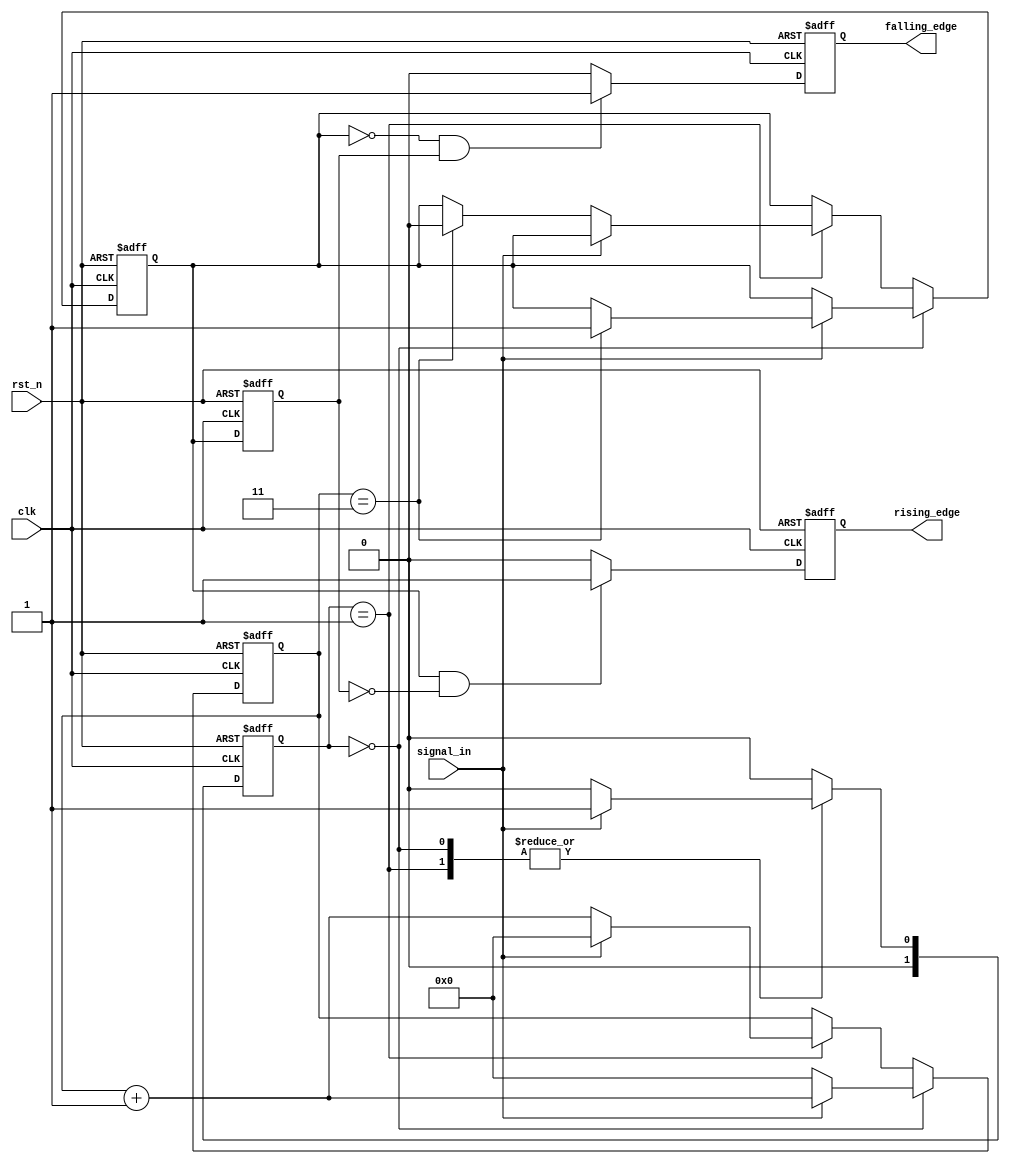
module debounced_edge_detector (
    input wire clk,              // Clock signal
    input wire rst_n,            // Asynchronous reset (active low)
    input wire signal_in,        // Noisy input signal
    output reg rising_edge,      // Rising edge output
    output reg falling_edge      // Falling edge output
);

    parameter DEBOUNCE_COUNT = 4; // Number of clock cycles for debounce

    reg [1:0] state;              // State register for debouncing
    reg [1:0] next_state;         // Next state for debouncing
    reg [DEBOUNCE_COUNT-1:0] debounce_counter; // Debounce counter
    reg prev_state;               // Previous stable state
    reg current_state;            // Current stable state

    // State machine for debouncing
    always @(posedge clk or negedge rst_n) begin
        if (!rst_n) begin
            state <= 2'b00;       // Reset state
            debounce_counter <= 0;
            current_state <= 0;
            prev_state <= 0;
            rising_edge <= 0;
            falling_edge <= 0;
        end else begin
            // Update state and debounce logic
            state <= next_state;
            if (state == 2'b00) begin
                if (signal_in == 1) begin
                    debounce_counter <= debounce_counter + 1;
                    if (debounce_counter == DEBOUNCE_COUNT - 1) begin
                        current_state <= 1;
                    end
                end else begin
                    debounce_counter <= 0;
                end
            end else if (state == 2'b01) begin
                if (signal_in == 0) begin
                    debounce_counter <= debounce_counter + 1;
                    if (debounce_counter == DEBOUNCE_COUNT - 1) begin
                        current_state <= 0;
                    end
                end else begin
                    debounce_counter <= 0;
                end
            end

            // Edge detection logic
            if (current_state && !prev_state) begin
                rising_edge <= 1; // Rising edge detected
            end else begin
                rising_edge <= 0; // Reset rising edge
            end

            if (!current_state && prev_state) begin
                falling_edge <= 1; // Falling edge detected
            end else begin
                falling_edge <= 0; // Reset falling edge
            end

            // Update previous state at the end of the clock cycle
            prev_state <= current_state;
        end
    end

    // Next state logic for state machine
    always @(*) begin
        case (state)
            2'b00: begin // Waiting for high signal
                if (signal_in == 1) begin
                    next_state = 2'b01; // Move to high state
                end else begin
                    next_state = 2'b00; // Stay in low state
                end
            end
            2'b01: begin // Waiting for low signal
                if (signal_in == 0) begin
                    next_state = 2'b00; // Move to low state
                end else begin
                    next_state = 2'b01; // Stay in high state
                end
            end
            default: next_state = 2'b00; // Default to low state
        endcase
    end

endmodule